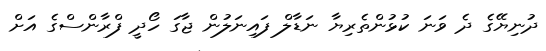
ދުނިޔޭގެ ދެ ވަނަ ކުޅުންތެރިޔާ ނަޑާލް ފައިނަލުން ޖާގަ ހޯދީ ފްރާންސްގެ އަށް